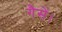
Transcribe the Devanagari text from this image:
गैसें।